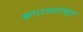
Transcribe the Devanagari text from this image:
कपाळमोक्ष